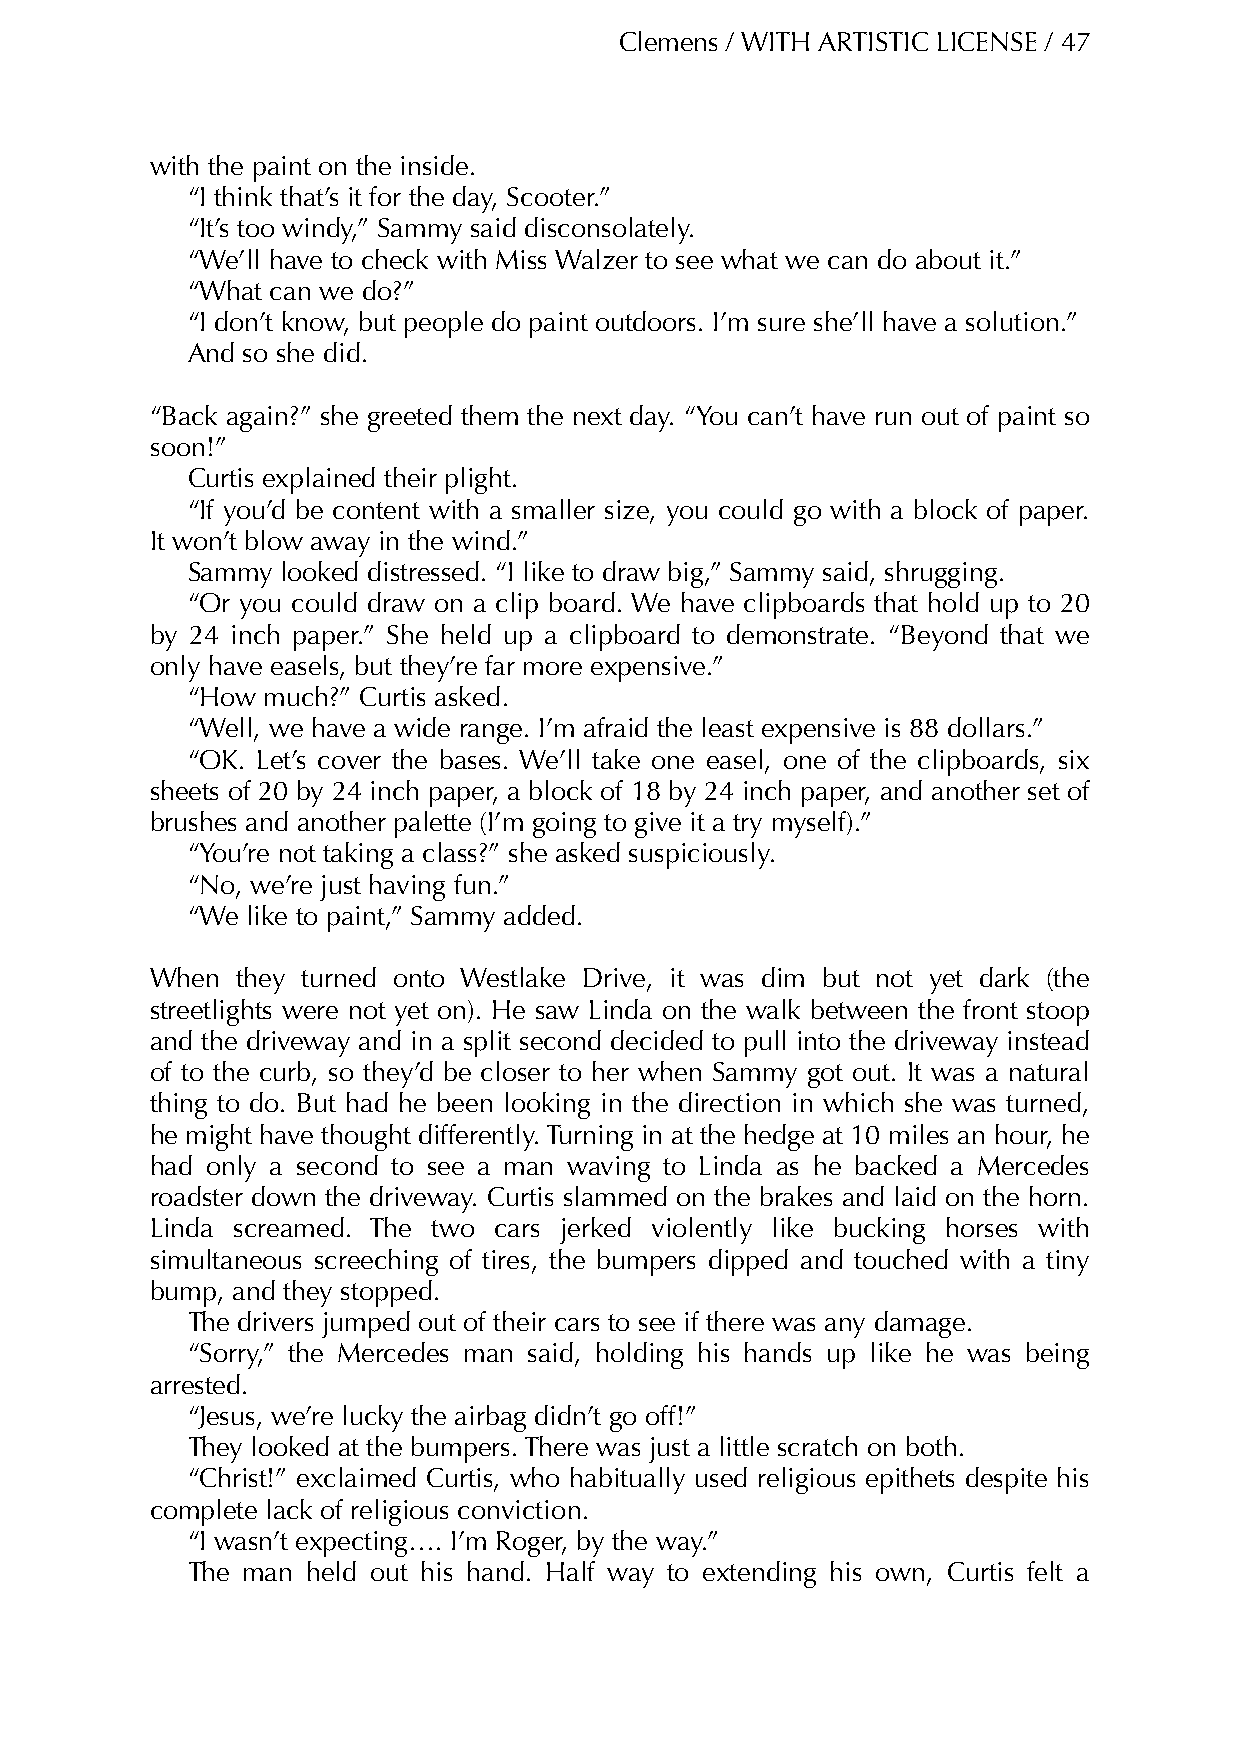
Clemens / WITH ARTISTIC LICENSE / 47
 with the paint on the inside.
 “I think that’s it for the day, Scooter.”
 “It’s too windy,” Sammy said disconsolately.
 “We’ll have to check with Miss Walzer to see what we can do about it.”
 “What can we do?”
 “I don’t know, but people do paint outdoors. I’m sure she’ll have a solution.”
 And so she did.
 “Back again?” she greeted them the next day. “You can’t have run out of paint so
 soon!”
 Curtis explained their plight.
 “If you’d be content with a smaller size, you could go with a block of paper.
 It won’t blow away in the wind.”
 Sammy  looked distressed. “I like to draw big,” Sammy said, shrugging.
 “Or you could draw on a clip board. We have clipboards that hold up to 20
 by 24 inch paper.” She held up a clipboard to demonstrate. “Beyond that we
 only have easels, but they’re far more expensive.”
 “How much?” Curtis asked.
 “Well, we have a wide range. I’m afraid the least expensive is 88 dollars.”
 “OK. Let’s cover the bases. We’ll take one easel, one of the clipboards, six
 sheets of 20 by 24 inch paper, a block of 18 by 24 inch paper, and another set of
 brushes and another palette (I’m going to give it a try myself).”
 “You’re not taking a class?” she asked suspiciously.
 “No, we’re just having fun.”
 “We like to paint,” Sammy added.
 When  they turned onto Westlake Drive, it was dim but not yet dark (the
 streetlights were not yet on). He saw Linda on the walk between the front stoop
 and the driveway and in a split second decided to pull into the driveway instead
 of to the curb, so they’d be closer to her when Sammy got out. It was a natural
 thing to do. But had he been looking in the direction in which she was turned,
 he might have thought differently. Turning in at the hedge at 10 miles an hour, he
 had only a second to see a man waving to Linda as he backed a Mercedes
 roadster down the driveway. Curtis slammed on the brakes and laid on the horn.
 Linda screamed. The two cars jerked violently like bucking horses with
 simultaneous screeching of tires, the bumpers dipped and touched with a tiny
 bump, and they stopped.
 The drivers jumped out of their cars to see if there was any damage.
 “Sorry,” the Mercedes man said, holding his hands up like he was being
 arrested.
 “Jesus, we’re lucky the airbag didn’t go off!”
 They looked at the bumpers. There was just a little scratch on both.
 “Christ!” exclaimed Curtis, who habitually used religious epithets despite his
 complete lack of religious conviction.
 “I wasn’t expecting…. I’m Roger, by the way.”
 The man held out his hand. Half way to extending his own, Curtis felt a